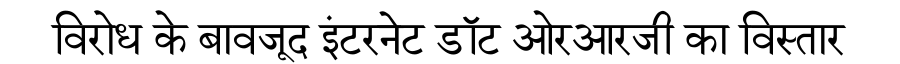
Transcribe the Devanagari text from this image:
विरोध के बावजूद इंटरनेट डॉट ओरआरजी का विस्तार